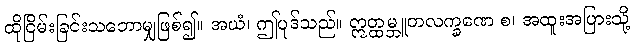
ထိုငြိမ်းခြင်းသဘောမျှဖြစ်၍။ အယံ၊ ဤပုဒ်သည်။ ဣတ္ထမ္ဘူတလက္ခဏေ စ၊ အထူးအပြားသို့